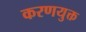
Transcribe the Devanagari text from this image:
करणयुक्त